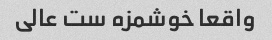
واقعا خوشمزه ست عالی